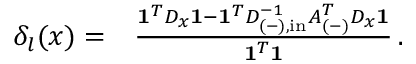
\begin{array} { r l } { \delta _ { l } ( x ) = } & { { } \frac { \mathbf { 1 } ^ { T } D _ { x } \mathbf { 1 } - \mathbf { 1 } ^ { T } D _ { ( - ) , \mathrm { { i n } } } ^ { - 1 } A _ { ( - ) } ^ { T } D _ { x } \mathbf { 1 } } { \mathbf { 1 } ^ { T } \mathbf { 1 } } \, . } \end{array}